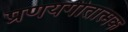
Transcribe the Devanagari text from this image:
प्रणयगीतात्मक